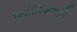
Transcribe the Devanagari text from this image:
पिपीलिकार्मानें